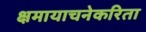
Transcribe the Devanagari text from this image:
क्षमायाचनेकरिता